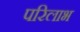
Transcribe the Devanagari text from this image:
परिलाभ